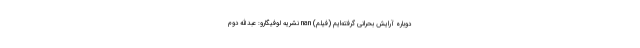
دوباره آرایش بحرانی گرفته‌ایم (فیلم) nan نشریه لوفیگارو: عبدالله دوم